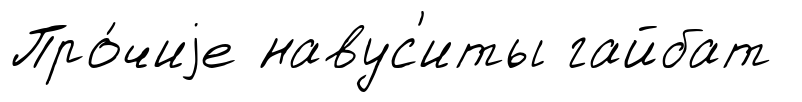
Про́чиjе навус'иты гайбат